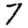
Digit: 7